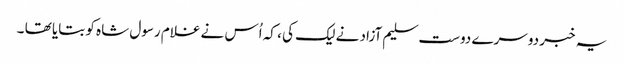
یہ خبر دوسرے دوست سلیم آزاد نے لیک کی ، کہ اُس نے غلام رسول شاہ کو بتایا تھا ۔